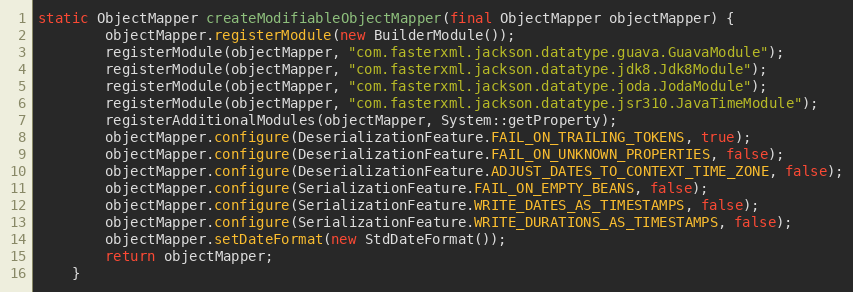
Language: Java
static ObjectMapper createModifiableObjectMapper(final ObjectMapper objectMapper) {
        objectMapper.registerModule(new BuilderModule());
        registerModule(objectMapper, "com.fasterxml.jackson.datatype.guava.GuavaModule");
        registerModule(objectMapper, "com.fasterxml.jackson.datatype.jdk8.Jdk8Module");
        registerModule(objectMapper, "com.fasterxml.jackson.datatype.joda.JodaModule");
        registerModule(objectMapper, "com.fasterxml.jackson.datatype.jsr310.JavaTimeModule");
        registerAdditionalModules(objectMapper, System::getProperty);
        objectMapper.configure(DeserializationFeature.FAIL_ON_TRAILING_TOKENS, true);
        objectMapper.configure(DeserializationFeature.FAIL_ON_UNKNOWN_PROPERTIES, false);
        objectMapper.configure(DeserializationFeature.ADJUST_DATES_TO_CONTEXT_TIME_ZONE, false);
        objectMapper.configure(SerializationFeature.FAIL_ON_EMPTY_BEANS, false);
        objectMapper.configure(SerializationFeature.WRITE_DATES_AS_TIMESTAMPS, false);
        objectMapper.configure(SerializationFeature.WRITE_DURATIONS_AS_TIMESTAMPS, false);
        objectMapper.setDateFormat(new StdDateFormat());
        return objectMapper;
    }